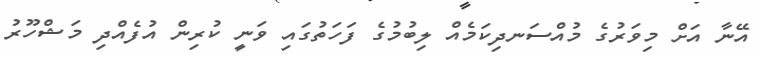
އޭނާ އަށް މިވަރުގެ މުއްސަނދިކަމެއް ލިބުމުގެ ފަހަތުގައި ވަނީ ކުރިން އުފެއްދި މަޝްހޫރު